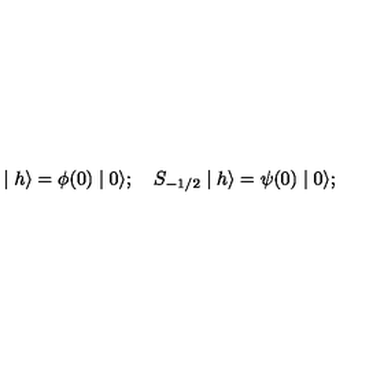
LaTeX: \mid h \rangle = \phi ( 0 ) \mid 0 \rangle ; \quad S _ { - 1 / 2 } \mid h \rangle = \psi ( 0 ) \mid 0 \rangle ;